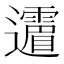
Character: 𲆈